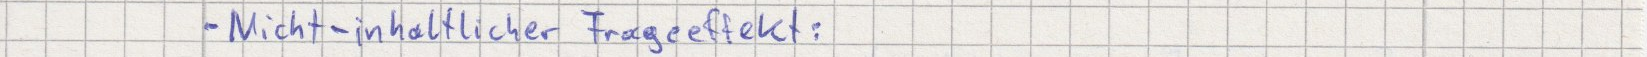
- Nicht-inhaltlicher Frageeffekt: